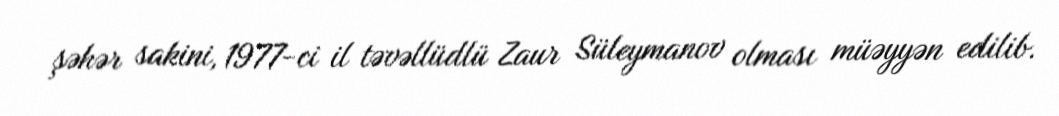
şəhər sakini, 1977-ci il təvəllüdlü Zaur Süleymanov olması müəyyən edilib.